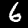
Digit: 6